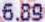
6.89